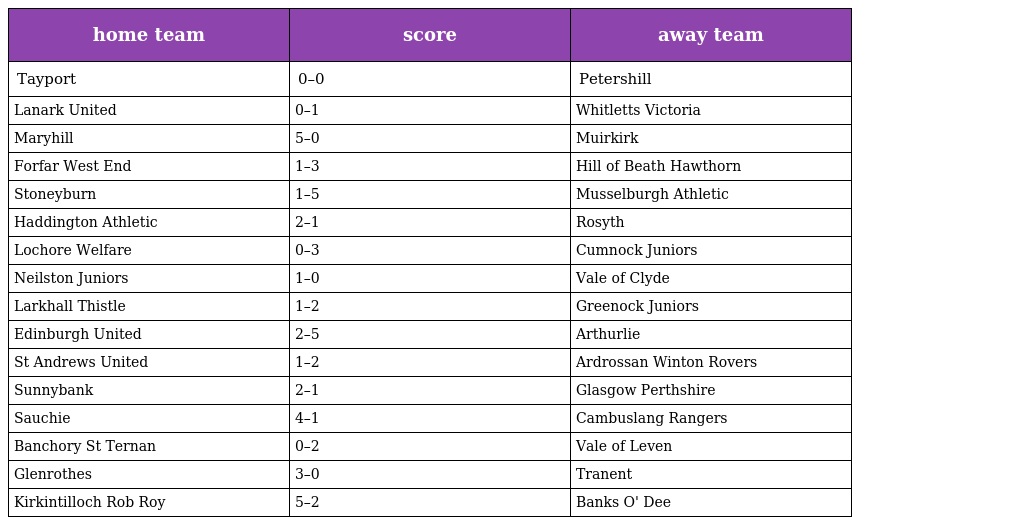
| home team | score | away team |
 | --- | --- | --- |
 | Tayport | 0–0 | Petershill |
 | Lanark United | 0–1 | Whitletts Victoria |
 | Maryhill | 5–0 | Muirkirk |
 | Forfar West End | 1–3 | Hill of Beath Hawthorn |
 | Stoneyburn | 1–5 | Musselburgh Athletic |
 | Haddington Athletic | 2–1 | Rosyth |
 | Lochore Welfare | 0–3 | Cumnock Juniors |
 | Neilston Juniors | 1–0 | Vale of Clyde |
 | Larkhall Thistle | 1–2 | Greenock Juniors |
 | Edinburgh United | 2–5 | Arthurlie |
 | St Andrews United | 1–2 | Ardrossan Winton Rovers |
 | Sunnybank | 2–1 | Glasgow Perthshire |
 | Sauchie | 4–1 | Cambuslang Rangers |
 | Banchory St Ternan | 0–2 | Vale of Leven |
 | Glenrothes | 3–0 | Tranent |
 | Kirkintilloch Rob Roy | 5–2 | Banks O' Dee |